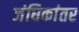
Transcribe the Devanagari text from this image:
जंघिकांतर